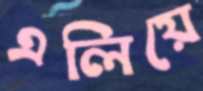
এলিয়ে